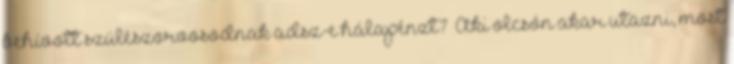
behívott szülészorvosodnak adsz-e hálapénzt?“ Aki olcsón akar utazni, most